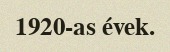
1920-as évek.